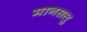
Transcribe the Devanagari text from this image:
मानसलु